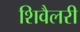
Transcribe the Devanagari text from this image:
शिवैलरी